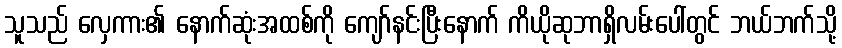
သူသည် လှေကား၏ နောက်ဆုံးအထစ်ကို ကျော်နင်းပြီးနောက် ကိယိုဆုဘာရှိလမ်းပေါ်တွင် ဘယ်ဘက်သို့